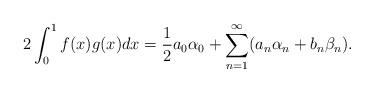
LaTeX: \begin{align*}2\int_0^1f(x)g(x)dx=\frac12a_0\alpha_0+\sum_{n=1}^\infty(a_n\alpha_n+b_n\beta_n).\end{align*}